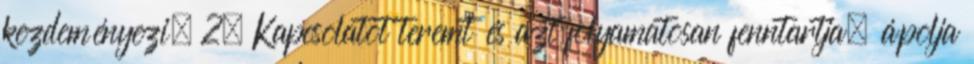
kezdeményezi. 2. Kapcsolatot teremt és azt folyamatosan fenntartja, ápolja